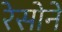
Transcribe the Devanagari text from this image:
रेसोने